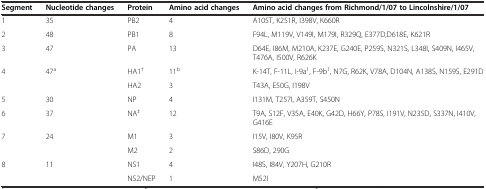
<table><thead><tr><td><b>Segment</b></td><td><b>Nucleotide changes</b></td><td><b>Protein</b></td><td><b>Amino acid changes</b></td><td><b>Amino acid changes from Richmond/1/07 to Lincolnshire/1/07</b></td></tr></thead><tbody><tr><td>1</td><td>35</td><td>PB2</td><td>4</td><td>A105T, K251R, I398V, K660R</td></tr><tr><td>2</td><td>48</td><td>PB1</td><td>8</td><td>F94L, M119V, V149I, M179I, R329Q, E377D,D618E, K621R</td></tr><tr><td>3</td><td>47</td><td>PA</td><td>13</td><td>D64E, I86M, M210A, K237E, G240E, P259S, N321S, L348I, S409N, I465V, T476A, I500V, R626K</td></tr><tr><td>4</td><td>47<sup>a</sup></td><td>HA1<sup>†</sup></td><td>11<sup>b</sup></td><td>K-14T, F-11L, I-9a<sup>1</sup>, F-9b<sup>1</sup>, N7G, R62K, V78A, D104N, A138S, N159S, E291D</td></tr><tr><td></td><td></td><td>HA2</td><td>3</td><td>T43A, E50G, I198V</td></tr><tr><td>5</td><td>30</td><td>NP</td><td>4</td><td>I131M, T257I, A359T, S450N</td></tr><tr><td>6</td><td>37</td><td>NA<sup>‡</sup></td><td>12</td><td>T9A, S12F, V35A, E40K, G42D, H66Y, P78S, I191V, N235D, S337N, I410V, G416E</td></tr><tr><td>7</td><td>24</td><td>M1</td><td>3</td><td>I15V, I80V, K95R</td></tr><tr><td></td><td></td><td>M2</td><td>2</td><td>S86D, 290G</td></tr><tr><td>8</td><td>11</td><td>NS1</td><td>4</td><td>I48S, I84V, Y207H, G210R</td></tr><tr><td></td><td></td><td>NS2/NEP</td><td>1</td><td>M52I</td></tr></tbody></table>